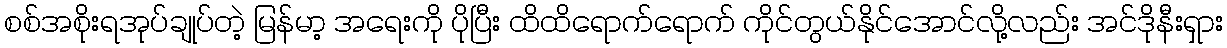
စစ်အစိုးရအုပ်ချုပ်တဲ့ မြန်မာ့ အရေးကို ပိုပြီး ထိထိရောက်ရောက် ကိုင်တွယ်နိုင်အောင်လို့လည်း အင်ဒိုနီးရှား